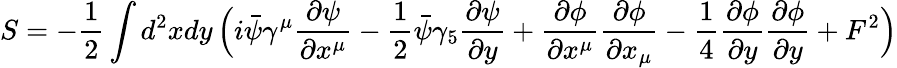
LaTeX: S=-\frac{1}{2}\int d^{2}xdy\, \Bigl(i\bar{\psi}\gamma^{\mu}\frac{\partial\psi}{\partial x^{\mu}}-\frac{1}{2}\bar{\psi}\gamma_{5}\frac{\partial\psi}{\partial y}+\frac{\partial\phi}{\partial x^{\mu}}\frac{\partial\phi}{\partial x_{\mu}}-\frac{1}{4}\frac{\partial\phi}{\partial y}\frac{\partial\phi}{\partial y}+F^{2}\Bigr)